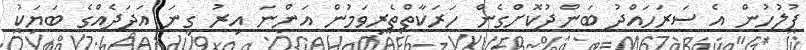
ފުލުހުން އެ ސަރަހައްދު ބަންދުކޮށްގެން ހަރަކާތްތެރިވަމުން އަންނަ އިރު ގިނަ އަދަދެއްގެ ބަޔަކު